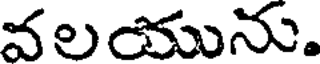
వలయును.